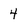
Character: 4